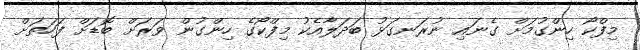
މިފްކޯ ހިންގުމަށް ގެނައި ނުރަނގަޅު ބަދަލާއެކު މިފްކޯގެ ހިންގުން ވަރަށް ބޮޑަށް ފަހަތަށް